Indian journal of veterinary science and animal husbandry - Volume 3,
Year: 1933
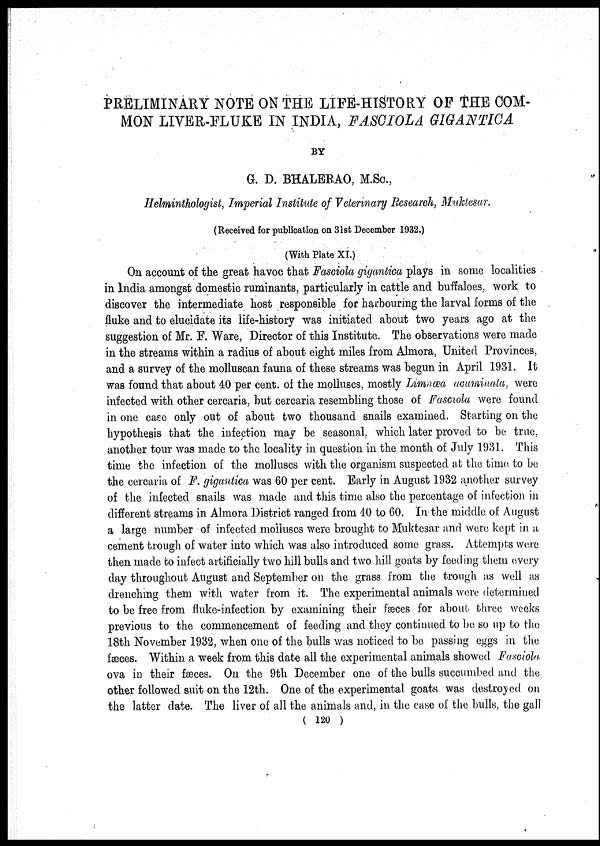
PRELIMINARY NOTE ON THE LIFE-HISTORY OF THE COM-
MON LIVER-FLUKE IN INDIA, FASCIOLA GIGANTICA
BY
G. D. BHALERAO, M.Sc.,
Helminthologist, Imperial Institute of Veterinary Research, Muktesar.
(Received for publication on 31st December 1932.)
(With Plate XI.)
On account of the great havoc that Fasciola gigantica plays in some localities
in India amongst domestic ruminants, particularly in cattle and buffaloes, work to
discover the intermediate host responsible for harbouring the larval forms of the
fluke and to elucidate its life-history was initiated about two years ago at the
suggestion of Mr. F. Ware, Director of this Institute. The observations were made
in the streams within a radius of about eight miles from Almora, United Provinces,
and a survey of the molluscan fauna of these streams was begun in April 1931. It
was found that about 40 per cent. of the molluscs, mostly Limnæa acuminata, were
infected with other cercaria, but cercaria resembling those of Fasciola were found
in one case only out of about two thousand snails examined. Starting on the
hypothesis that the infection may be seasonal, which later proved to be. true,
another tour was made to the locality in question in the month of July 1931. This
time the infection of the molluscs with the organism suspected at the time to be
the cercaria of F. gigantica was 60 per cent. Early in August 1932 another survey
of the infected snails was made and this time also the percentage of infection in
different streams in Almora District ranged from 40 to 60. In the middle of August
a large number of infected molluscs were brought to Muktesar and were kept in a
cement trough of water into which was also introduced some grass. Attempts were
then made to infect artificially two hill bulls and two hill goats by feeding them every
day throughout August and September on the grass from the trough as well as
drenching them with water from it. The experimental animals were determined
to be free from fluke-infection by examining their fæces for about three weeks
previous to the commencement of feeding and they continued to be so up to the
18th November 1932, when one of the bulls was noticed to be passing eggs in the
fæces. Within a week from this date all the experimental animals showed Fasciola
ova in their fæces. On the 9th December one of the bulls succumbed and the
other followed suit on the 12th. One of the experimental goats was destroyed on
the latter date. The liver of all the animals and, in the case of the bulls, the gall
( 120 )